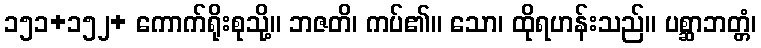
၁၅၁+၁၅၂+ ကောက်ရိုးစုသို့။ ဘဇတိ၊ ကပ်၏။ သော၊ ထိုရဟန်းသည်။ ပစ္ဆာဘတ္တံ၊